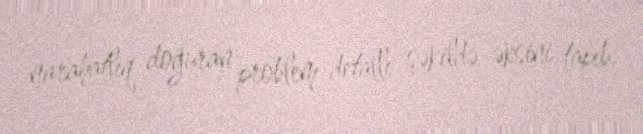
narahatlıq doğuran problem detallı şəkildə əksini tapıb.